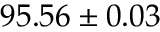
9 5 . 5 6 \pm 0 . 0 3